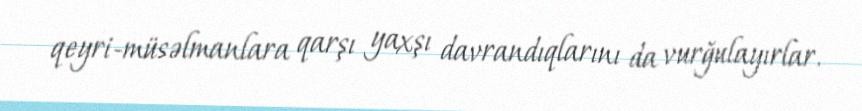
qeyri-müsəlmanlara qarşı yaxşı davrandıqlarını da vurğulayırlar.